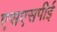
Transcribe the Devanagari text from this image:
एसएसपीई